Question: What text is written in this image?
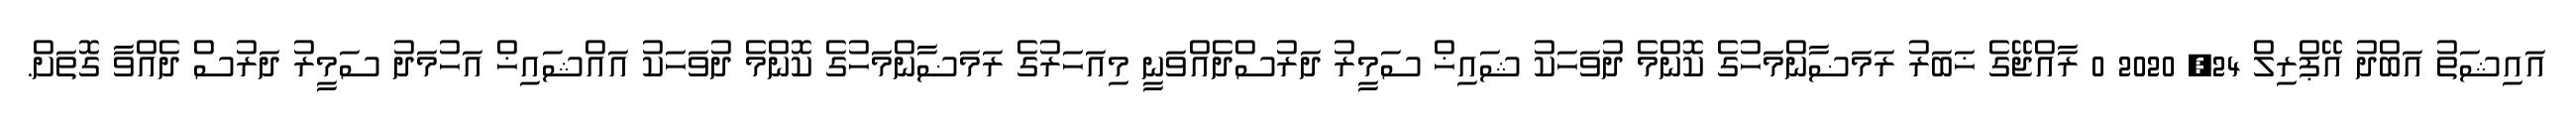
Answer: އައިޝަތު އަބްދު އޭޕްރިލް 24, 2020 0 ރާއްޖޭގެ ޚަބަރު ރަމަޟާންމަހުގެ ކޮންމެ ދުވަހަކު ޝައިޚް ސަމީރު ދަރުސްދެއްވަނީ މިއަހަރުގެ ރަމަޟާންމަހުގެ ކޮންމެ ދުވަހަކު އައްޝައިޚް އަހުމަދު ސަމީރު ދަރުސް ދެއްވާ ގޮތަށް.